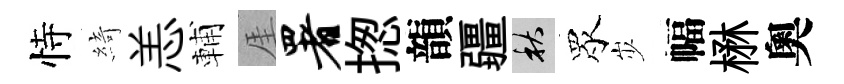
恃綺恙輔厓署揔韻疆秋眾𡵯幅楙奧